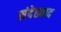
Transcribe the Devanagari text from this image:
संदेहबाद